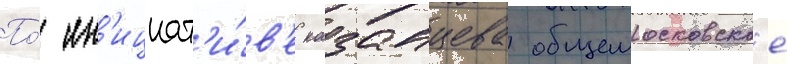
По́ ин'ициат'и́в'е казанцева общемосковское